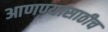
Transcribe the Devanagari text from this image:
आणण्यासाठीच